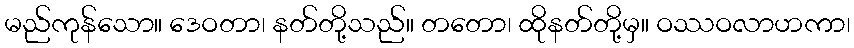
မည်ကုန်သော။ ဒေဝတာ၊ နတ်တို့သည်။ တတော၊ ထိုနတ်တို့မှ။ ဝဿဝလာဟကာ၊